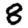
Digit: 8